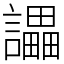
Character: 讄